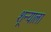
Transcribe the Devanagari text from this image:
शून्याला